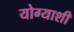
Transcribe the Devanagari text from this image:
योग्याशी